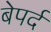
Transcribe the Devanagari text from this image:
बेपर्द